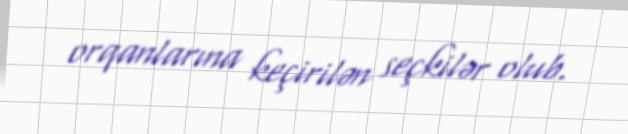
orqanlarına keçirilən seçkilər olub.